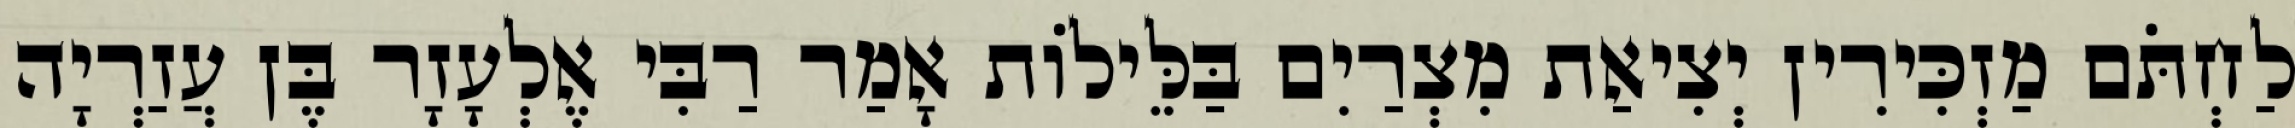
לַחְתֹּם מַזְכִּירִין יְצִיאַת מִצְרַיִם בַּלֵּילוֹת אָמַר רַבִּי אֶלְעָזָר בֶּן עֲזַרְיָה